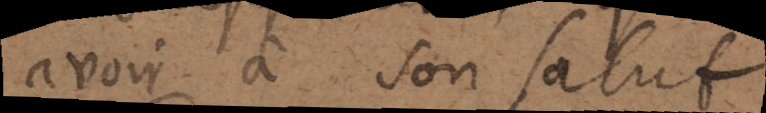
avoir à son salut